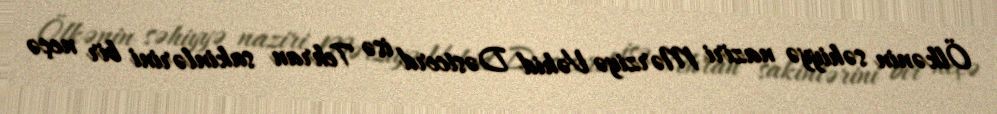
Ölkənin səhiyyə naziri Mərziyə Vəhid Dəstcerd isə Tehran sakinlərini bir neçə